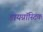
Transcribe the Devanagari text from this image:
डायग्नॉस्टिक